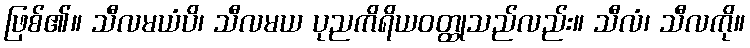
ဖြစ်၏။ သီလမယံပိ၊ သီလမယ ပုညကိရိယဝတ္ထုသည်လည်း။ သီလံ၊ သီလကို။